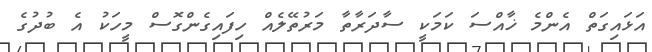
އަޅައިގަތް އެންމެ ޚާއްސަ ކަމަކީ ސާދަރާތާ މަރުތޭލެއް ހިފައިގެންގޮސް މީހަކު އެ ބުދުގެ